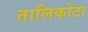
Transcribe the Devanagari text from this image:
तालिकोटा